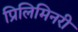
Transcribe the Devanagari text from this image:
प्रिलिमिनरी